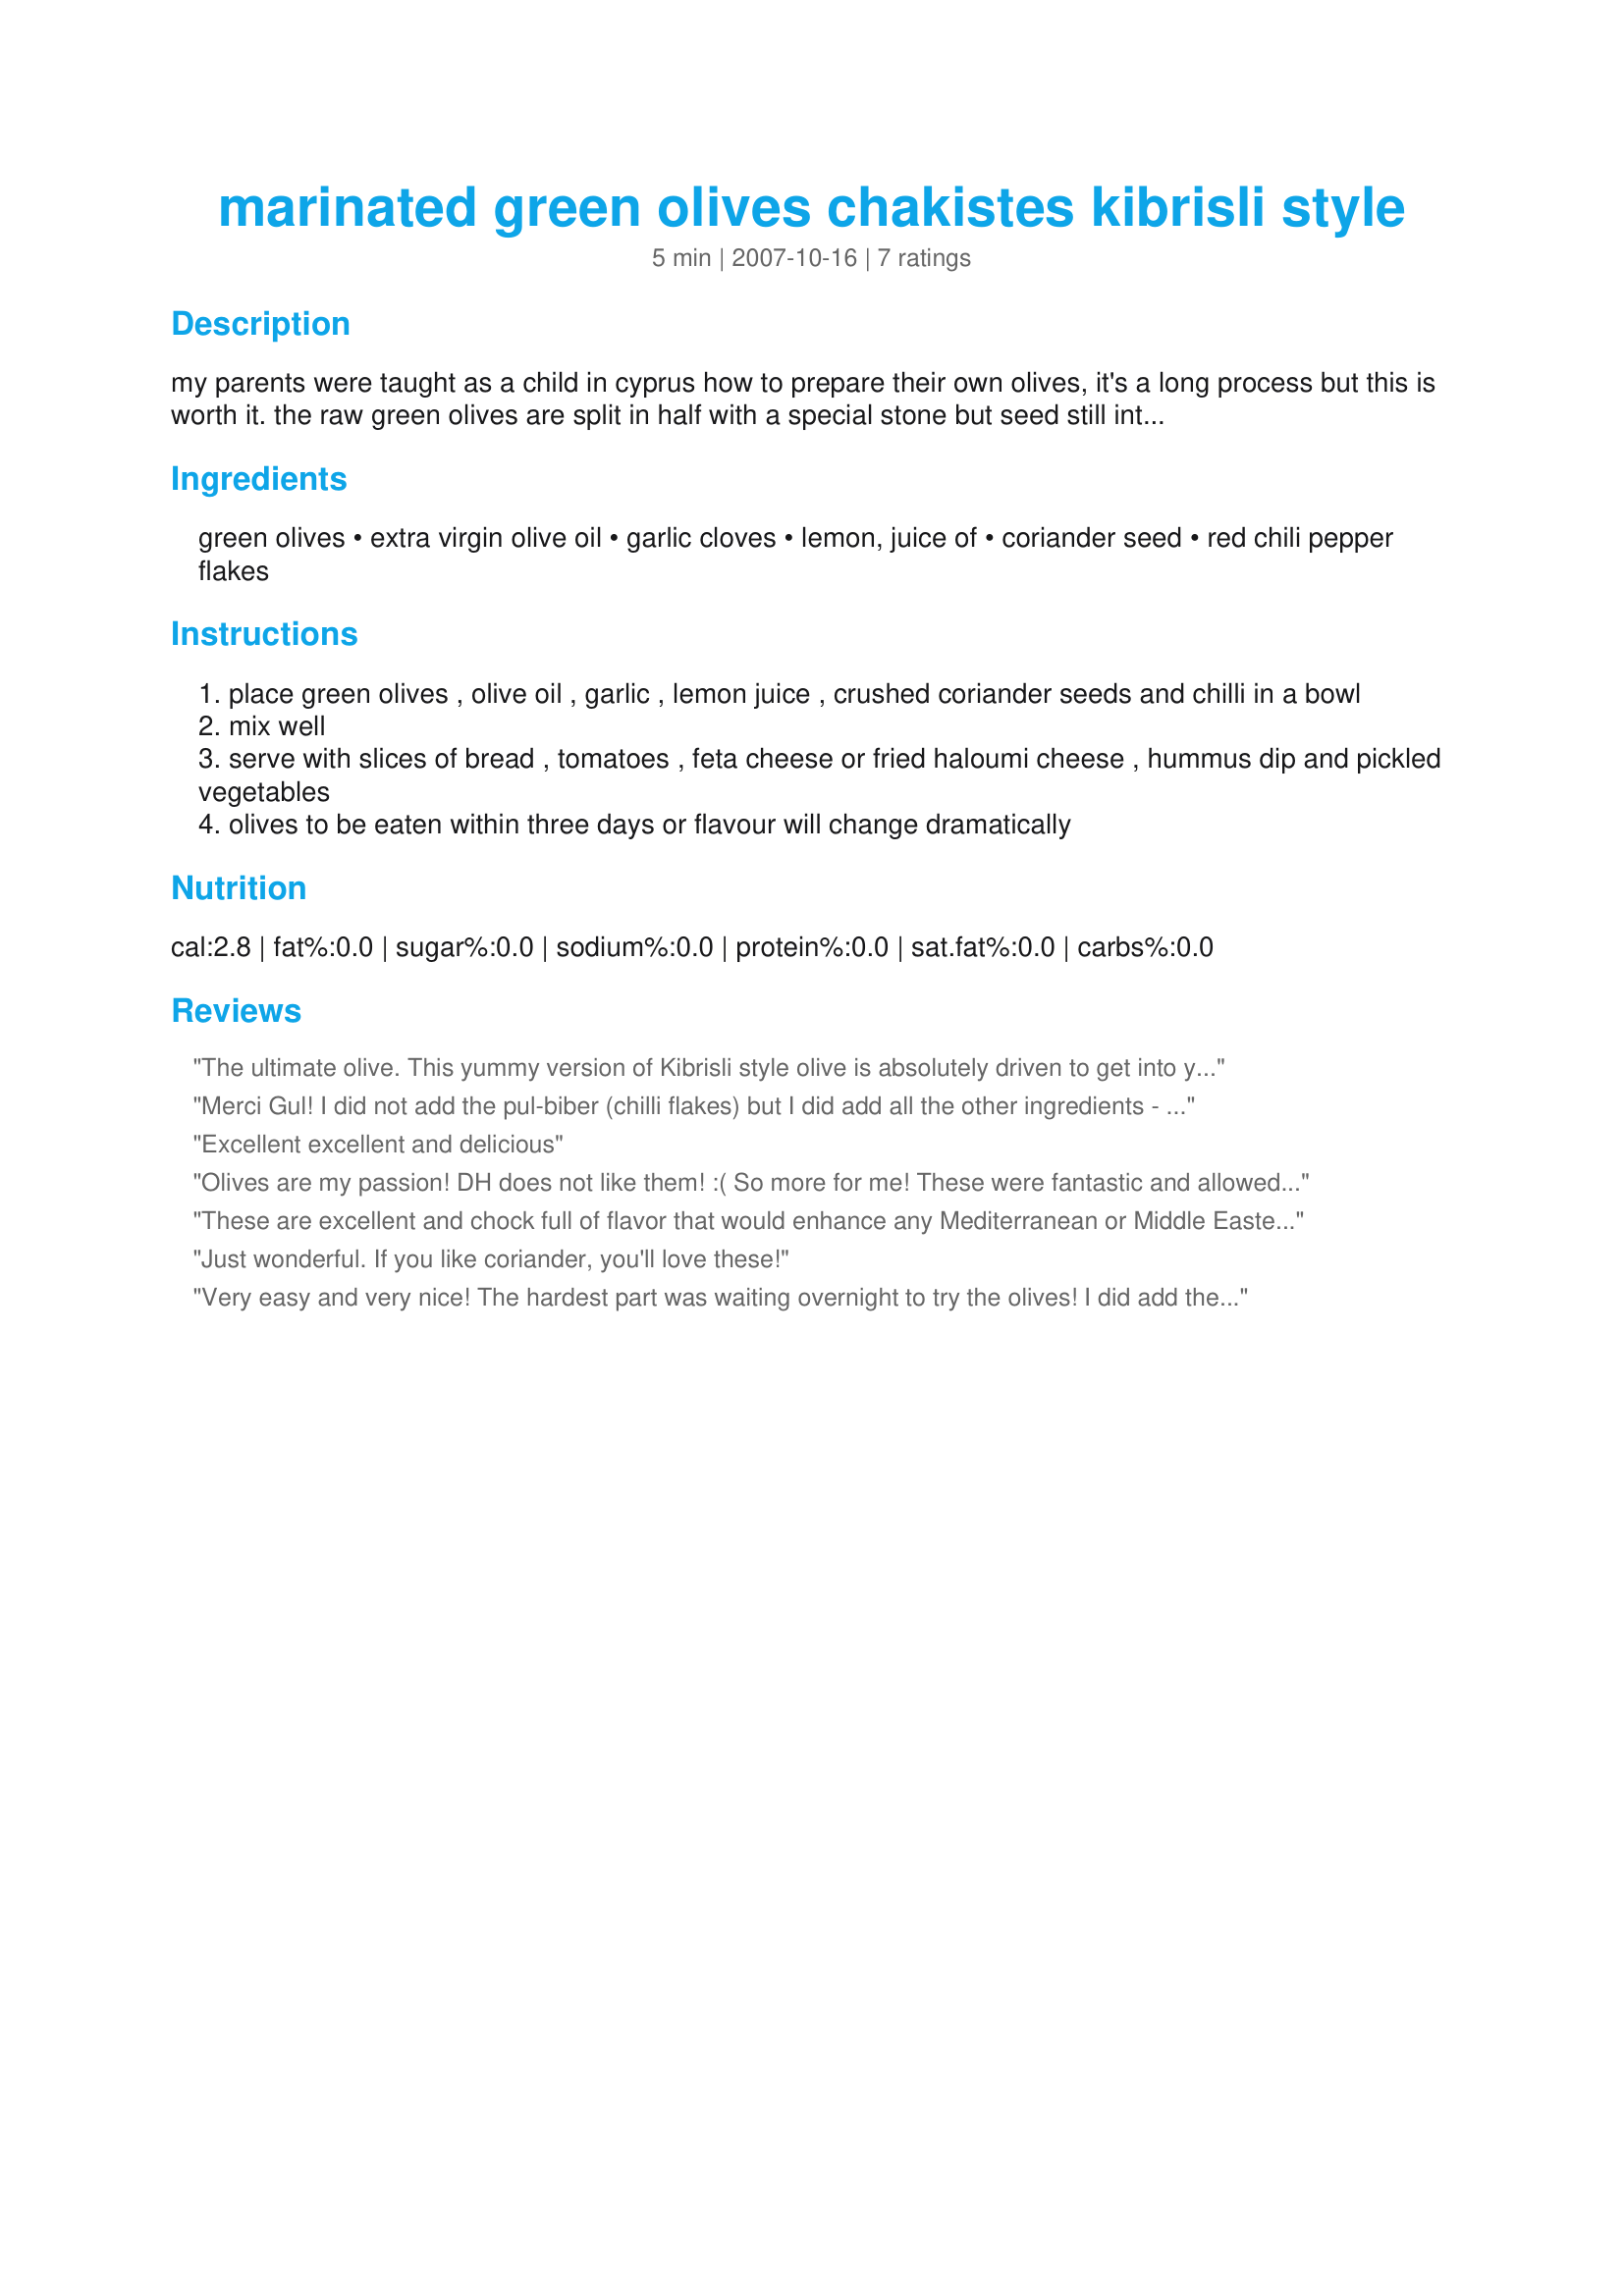
marinated green olives chakistes kibrisli style
Preparation time: 5 minutes

my parents were taught as a child in cyprus how to prepare their own olives, it's a long process but this is worth it. the raw green olives are split in half with a special stone but seed still intact, this allow the brine (salty water) to soak into the olives. the olives are then jarred with the brine and stored away for months. this recipe is not that process but it's the way it's marinated for mezze's. measurements are for personal preference only, you could use less lemon if you don't prefer it to be tangy. enjoy

Ingredients:
green olives, extra virgin olive oil, garlic cloves, lemon, juice of, coriander seed, red chili pepper flakes

Steps:
place green olives , olive oil , garlic , lemon juice , crushed coriander seeds and chilli in a bowl
mix well
serve with slices of bread , tomatoes , feta cheese or fried haloumi cheese , hummus dip and pickled vegetables
olives to be eaten within three days or flavour will change dramatically

Reviews:
The ultimate olive. This yummy version of Kibrisli style olive is absolutely driven to get into your stomach as quickly as you pop one or two in your mouth to enjoy the burst of flavor, slightly dressed with the brine of the lemon, red chili pepper flakes, (always the option here!) and coriander seed. I let this sit and "stew" for about 1 day,the flavors were perfect married together, and I wish, oh how I wish, I could of stopped eating them. I served them to Dennis as is fashionable on an hot July afternoon with a bit of French bread to slurp up the brine. Couldn't of asked for any better olives then I if I was in Italy myself. Thank you, Chef floWer~ Made for *ZWT4* July 2008.
Merci Gul! I did not add the pul-biber (chilli flakes) but I did add all the other ingredients - I make this all the time, but wanted to make yours for ZWT4! Took me right back to sunny, lazy afternoon meze meals......ahhh! FT:-)
Excellent excellent and delicious
Olives are my passion! DH does not like them! :( So more for me! These were fantastic and allowed me to have them all to myself yet still include them in my menu#18601 for ZWT4
These are excellent and chock full of flavor that would enhance any Mediterranean or Middle Eastern meal. Thanks for sharing this easy and wonderful recipe. Everyone enjoyed. ~Sue
Just wonderful. If you like coriander, you'll love these!
Very easy and very nice! The hardest part was waiting overnight to try the olives! I did add the red chili flakes and thought they added a lot to the flavor. Made for ZWT4.
